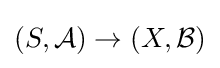
(S,{\mathcal {A}})\to (X,{\mathcal {B}})